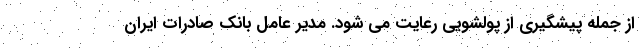
از جمله پیشگیری از پولشویی رعایت می شود. مدیر عامل بانک صادرات ایران